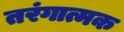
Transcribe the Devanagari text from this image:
तरंगात्मक